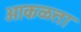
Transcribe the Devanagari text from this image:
आकळता